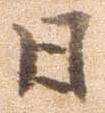
日